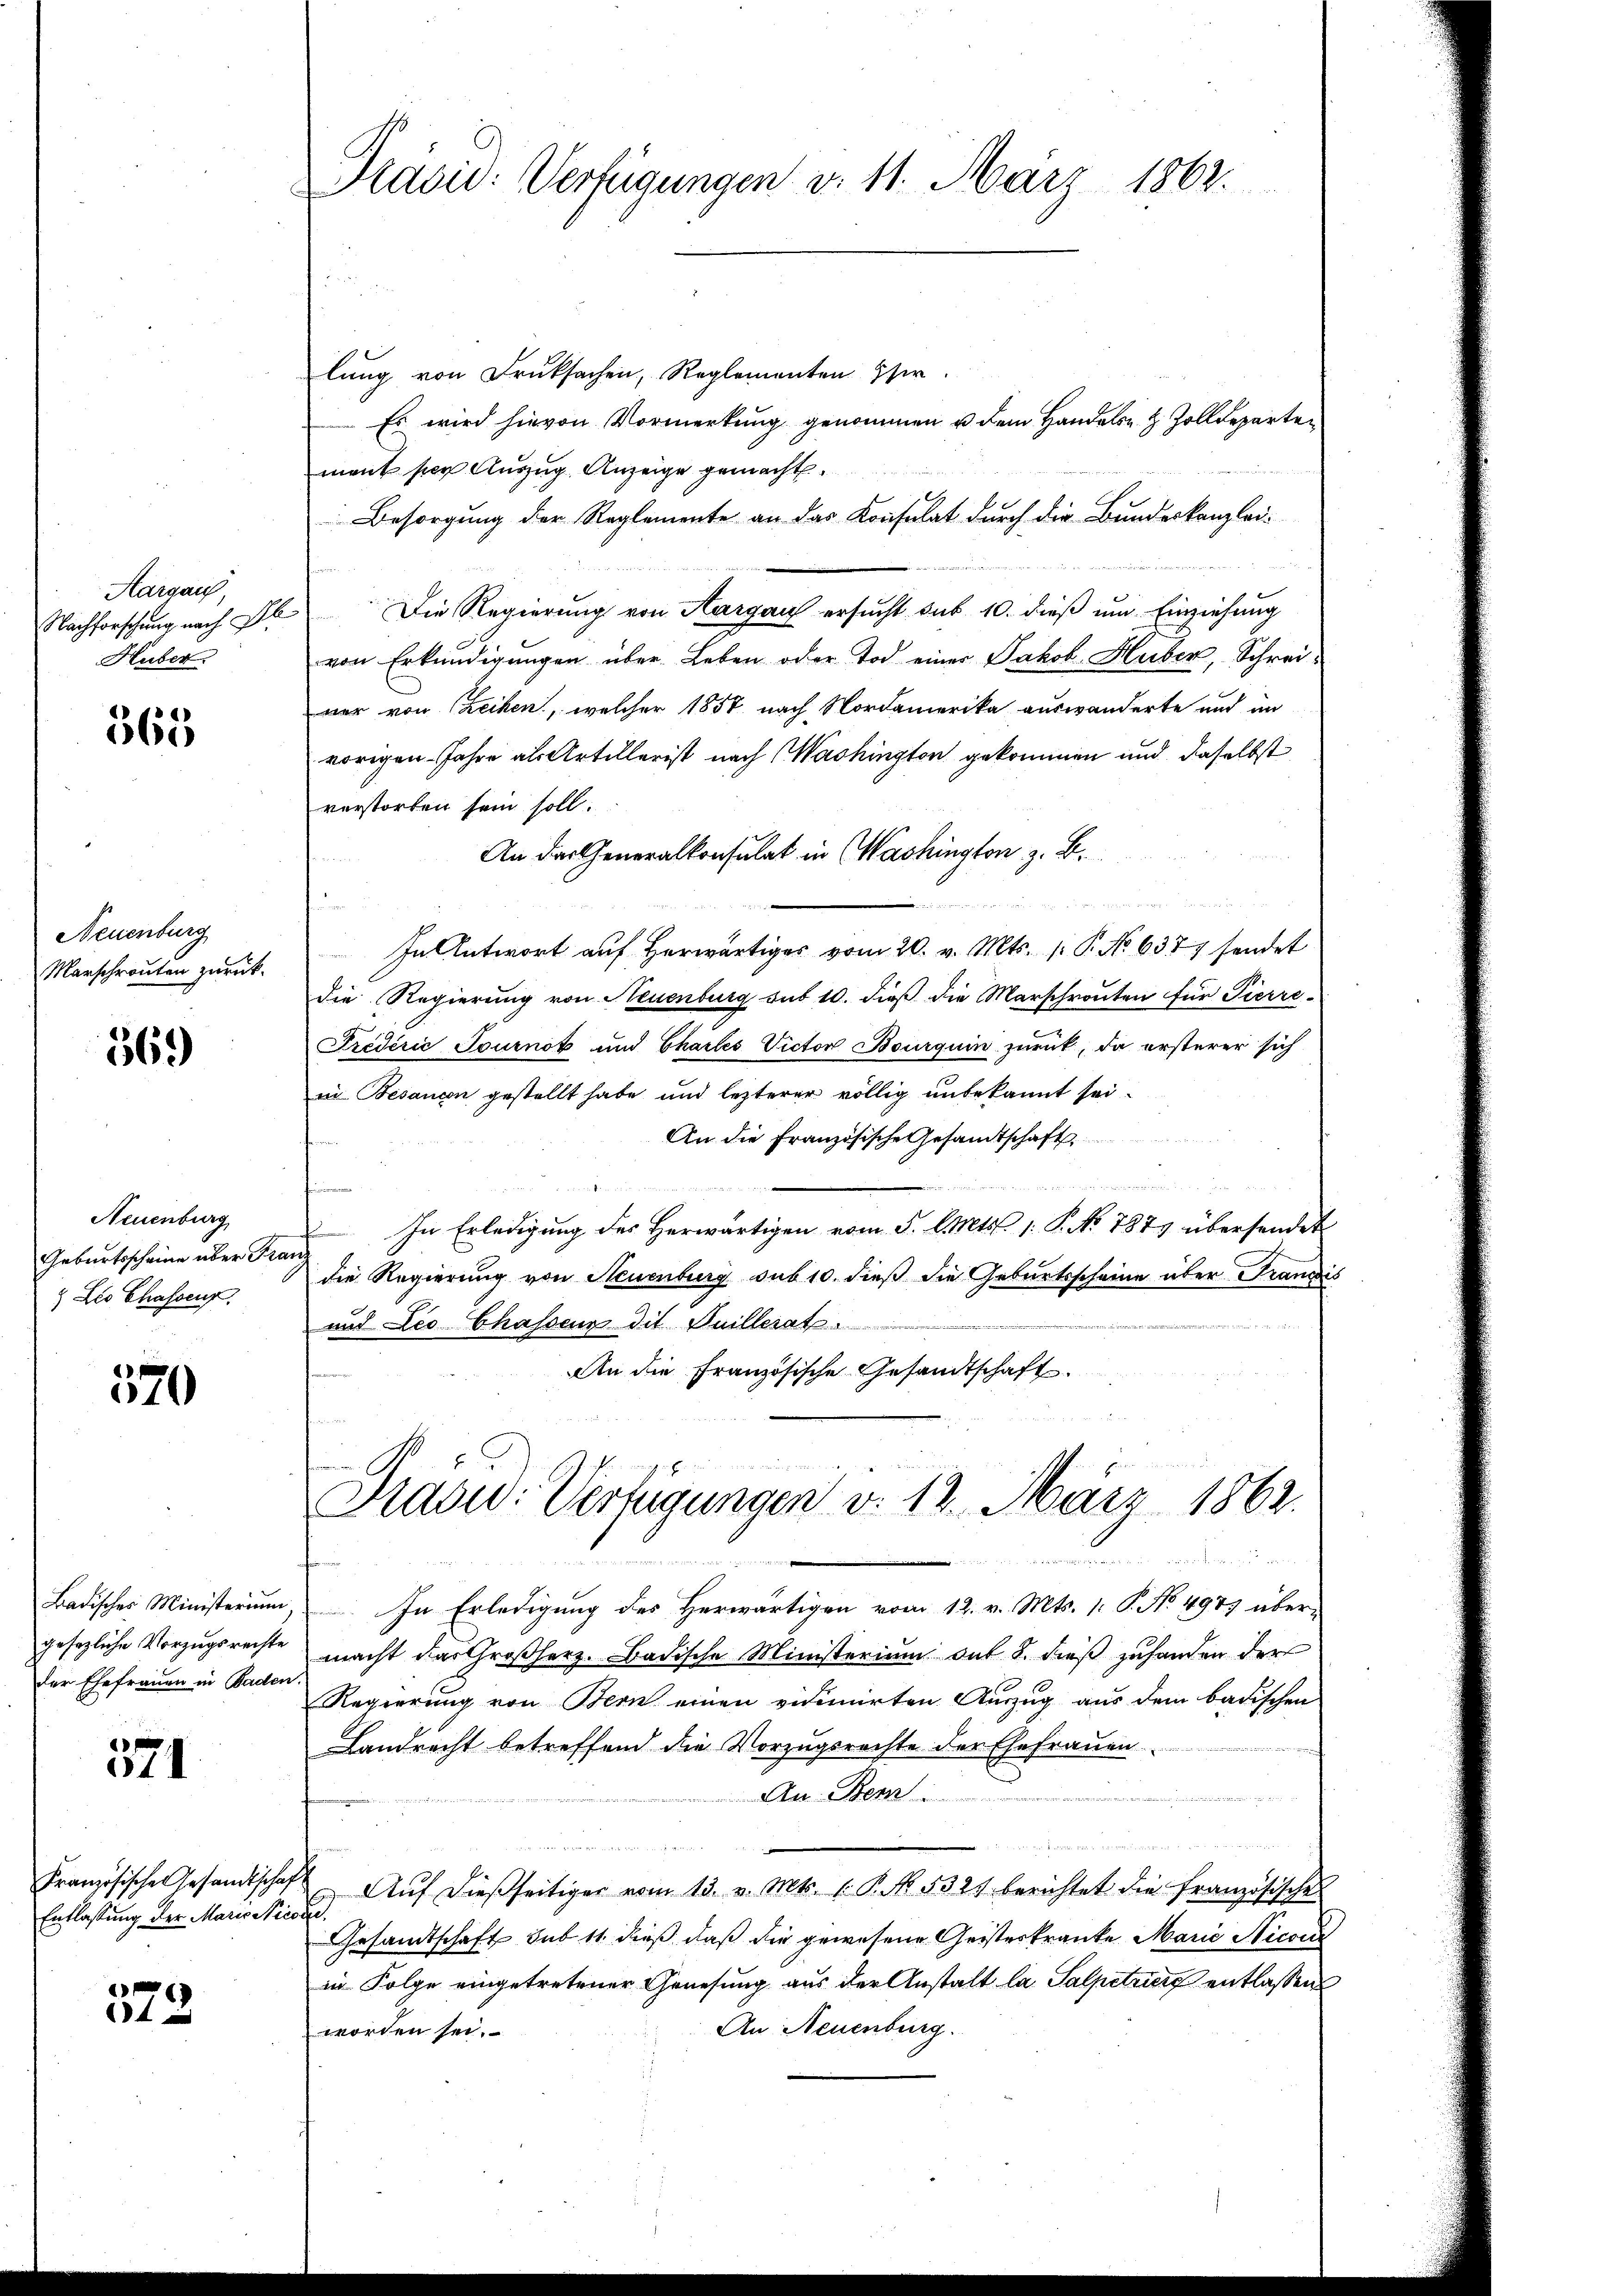
Aargau,
Nachforschung nach Pl
Huber.

565

Neuenburg
Marschronten zurück.

369)

Neuenburg
Geburtsscheine über Fran
 Les Chassens.

570

Badisches Ministerium
gesezliche Vorzugsrechte
der Ehefrauen in Baden

571

Französische Gesandtscha
Entlassung der Mariester

573.

Pravid: Verfügungen d. 11. März 1862.

lung von Druksachen, Reglementen Her
Es wird hievon Vormerkung genommen u dem Handels- & Zolldepartement per Auszug Anzeige gemacht.
Besorgung der Reglemente an das Konsulat durch die Bundeskanzlei¬
Die Regierung von Aargau ersucht sub 10. dieß um Einziehung
von Erkundigungen über Leben oder Tod einer Jakob Huber, Schrei¬
 x
war von Leihen, welcher 1857 nach Nordamerika auswanderte und im
vorigen Jahre als Artillerist nach Washington gekommen und daselbst
verstorben sein soll.
An das Generalkonsulat in Washington z. B.
In Antwort auf herwärtiges vom 20. v. Mts. 1. P. No 6377 sendet
die Regierung von Neuenburg sub 10. dieß die Marschrouten für Pierre¬
Fredérić Tournot und Chartes Victor Bourquin zurück, da ersterer sich
in Besançon gestellt habe und lezterer völlig unbekannt sei.
An die Französische Gesandtschaft
In Erledigung des Herwärtigen vom 5. Mts. 1. P. No 1873 übersendet
die Regierung von Neuenburg sub 10. dieß die Geburtsscheine über Franzis
und Leo Chasseur die Guillerat.
An die Französische Gesandtschaft.
Tradid: Verfügungen v. 12. März 1862.
e
In Erledigung des Herwärtigen vom 12. v. Mts. 1. P. No. 4977 über-
macht das Großherz. Badische Ministerium auf 8. dieß zuhanden der
Regierung von Bern einen vidimirten Auszug aus dem badischen
Landrecht betreffend die Vorzugsrechte der Ehefrauen
An: Bern
n
 Aŭf dießseitiger vom 13. v. Mts. 1. P. No. 5324 berichtet die französisches
el,
Gesandtschaft sub 11. dieß, daß die gewesene Geisteskranke Marie Nicol
in Folge eingetretener Genesung aus der Anstalt la Salpetrieg entlassen
An Neuenburg.
worden sei.